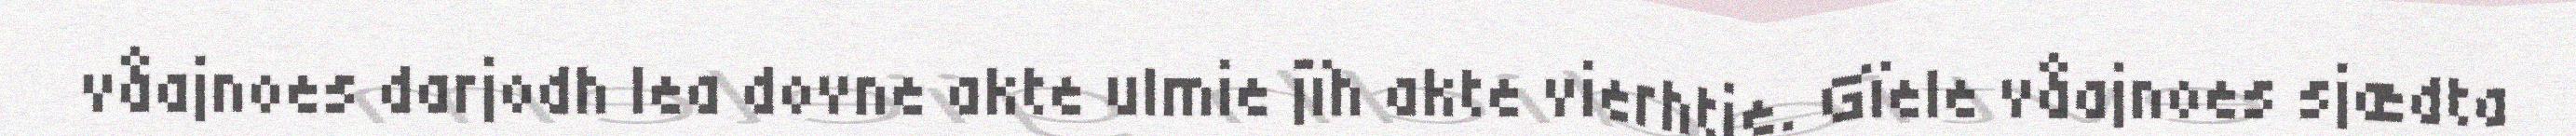
våajnoes darjodh lea dovne akte ulmie jïh akte vierhtie. Gïele våajnoes sjædta